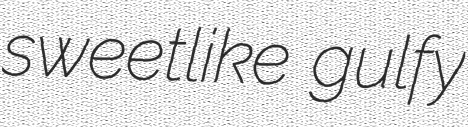
sweetlike gulfy